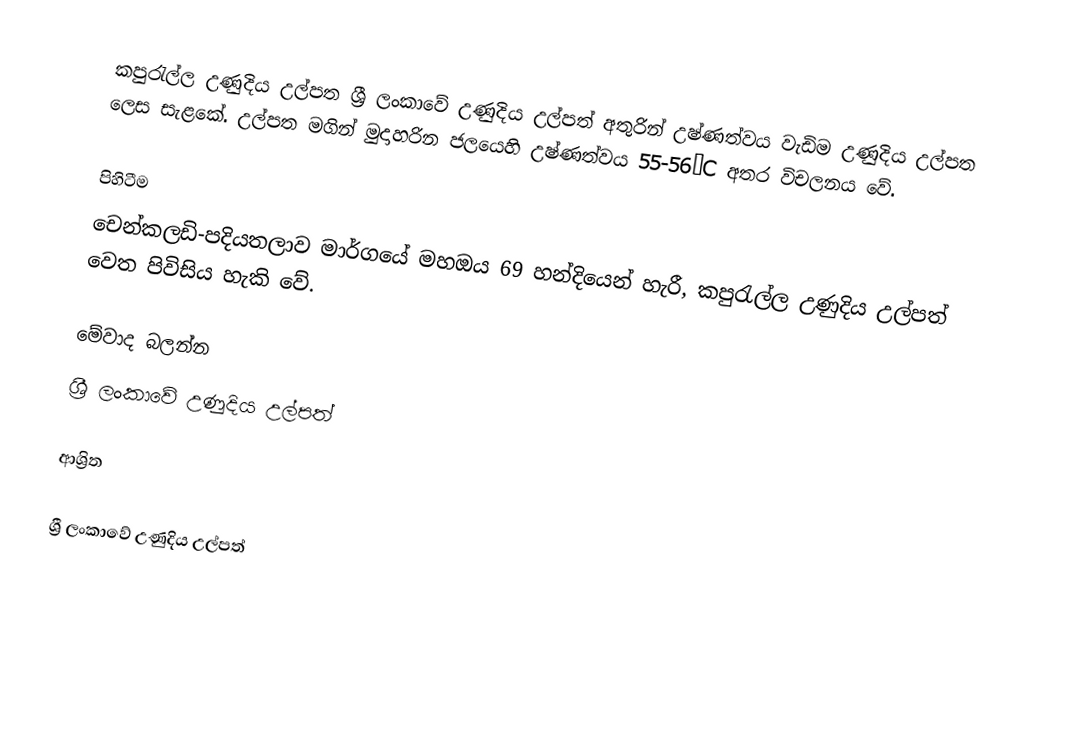
කපුරැල්ල උණුදිය උල්පත ශ්‍රී ලංකාවේ උණුදිය උල්පත් අතුරින් උෂ්ණත්වය වැඩිම උණුදිය උල්පත ලෙස සැළකේ. උල්පත මගින් මුදාහරින ජලයෙහි උෂ්ණත්වය 55-56°C අතර විචලනය වේ.

පිහිටීම
චෙන්කලඩි-පදියතලාව මාර්ගයේ මහඔය 69 හන්දියෙන් හැරී, කපුරැල්ල උණුදිය උල්පත් වෙත පිවිසිය හැකි වේ.

මේවාද බලන්න
 ශ්‍රී ලංකාවේ උණුදිය උල්පත්

ආශ්‍රිත

ශ්‍රී ලංකාවේ උණුදිය උල්පත්